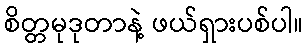
စိတ္တမုဒုတာနဲ့ ဖယ်ရှားပစ်ပါ။